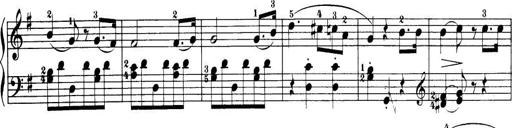
Title: 32 Sonatinas and Rondos for the Piano
Composer: Richard Kleinmichel